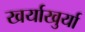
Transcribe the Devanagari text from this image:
खर्याखुर्या